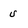
Character: u